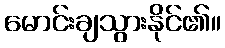
မောင်းချသွားနိုင်၏။